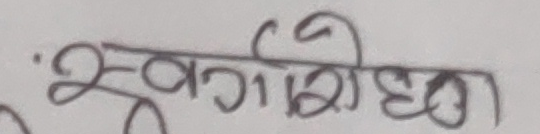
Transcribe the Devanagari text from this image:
स्वर्गीयता